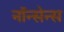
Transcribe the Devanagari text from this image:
नॉन्सेन्स